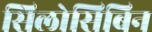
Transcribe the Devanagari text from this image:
सिलोसिबिन